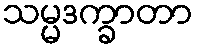
သမ္မဒက္ခာတာ